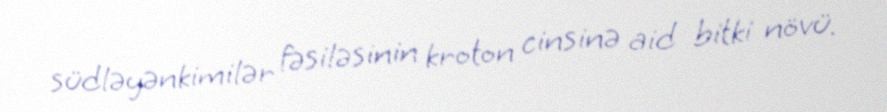
südləyənkimilər fəsiləsinin kroton cinsinə aid bitki növü.